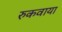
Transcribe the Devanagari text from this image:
रुकवाया